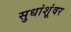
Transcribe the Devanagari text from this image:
सुधांशूंवर